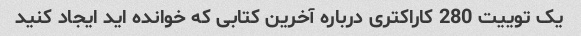
یک توییت 280 کاراکتری درباره آخرین کتابی که خوانده اید ایجاد کنید